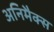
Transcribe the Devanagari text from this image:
अनिमैक्स